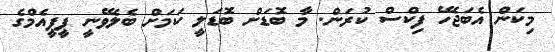
މިކަން އެބަޖެހޭ ފިކްސް ކުރަން. މާ ބޮޑަށް ބޮޑަލީ ކަމަށް ބެލެވޭނީ ޕީޕީއެމްގެ